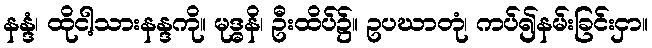
နန္ဒံ၊ ထိုငါ့သားနန္ဒကို။ မုဒ္ဓနိ၊ ဦးထိပ်၌။ ဥပဃာတုံ၊ ကပ်၍နမ်းခြင်းငှာ။